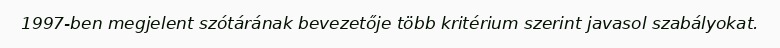
1997-ben megjelent szótárának bevezetője több kritérium szerint javasol szabályokat.